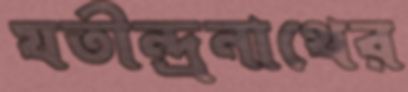
যতীন্দ্রনাথের